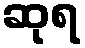
ဆုရ